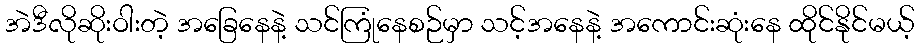
အဲဒီလိုဆိုးဝါးတဲ့ အခြေနေနဲ့ သင်ကြုံနေစဉ်မှာ သင့်အနေနဲ့ အကောင်းဆုံးနေ ထိုင်နိုင်မယ့်